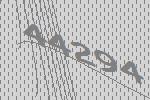
44294